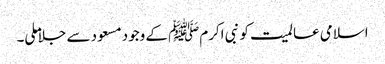
اسلامی عالمیت کو نبی اکرمﷺ کے وجود مسعود سے جلاملی۔